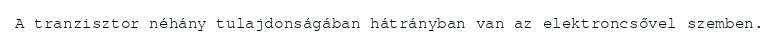
A tranzisztor néhány tulajdonságában hátrányban van az elektroncsővel szemben.